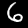
Digit: 6